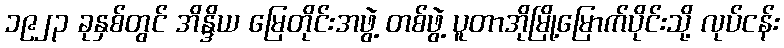
၁၉၂၃ ခုနှစ်တွင် အိန္ဒိယ မြေတိုင်းအဖွဲ့ တစ်ဖွဲ့ ပူတာအိုမြို့မြောက်ပိုင်းသို့ လုပ်ငန်း